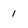
Character: 1